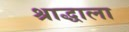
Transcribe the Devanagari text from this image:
श्राद्धाला